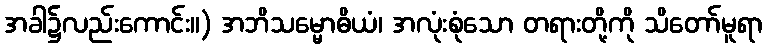
အခါ၌လည်းကောင်း။) အဘိသမ္မောဓိယံ၊ အလုံးစုံသော တရားတို့ကို သိတော်မူရာ